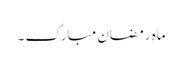
ماہ رمضان مبارک ۔